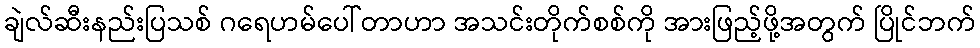
ချဲလ်ဆီးနည်းပြသစ် ဂရေဟမ်ပေါ်တာဟာ အသင်းတိုက်စစ်ကို အားဖြည့်ဖို့အတွက် ပြိုင်ဘက်